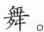
舞。